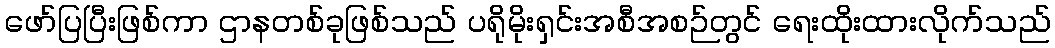
ဖော်ပြပြီးဖြစ်ကာ ဌာနတစ်ခုဖြစ်သည် ပရိုမိုးရှင်းအစီအစဉ်တွင် ရေးထိုးထားလိုက်သည်